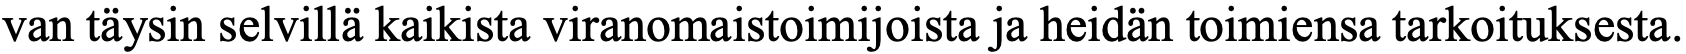
van täysin selvillä kaikista viranomaistoimijoista ja heidän toimiensa tarkoituksesta.